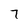
Character: 7